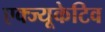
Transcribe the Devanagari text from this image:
एक्ज्यूकेटिव